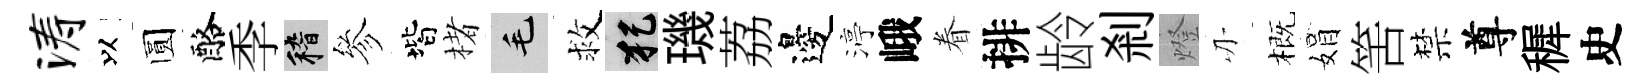
涛以圆酪季稽參階楮毛救犯璣荔邊渟峨眷排龄剎燈刃概娟筈禁尊穉史